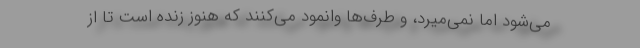
می‌شود اما نمی‌میرد، و طرف‌ها وانمود می‌کنند که هنوز زنده است تا از